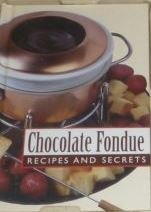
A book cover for Chocolate: Chocolate Book & Fondue Set; Not Available (NA); Cookbooks, Food & Wine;